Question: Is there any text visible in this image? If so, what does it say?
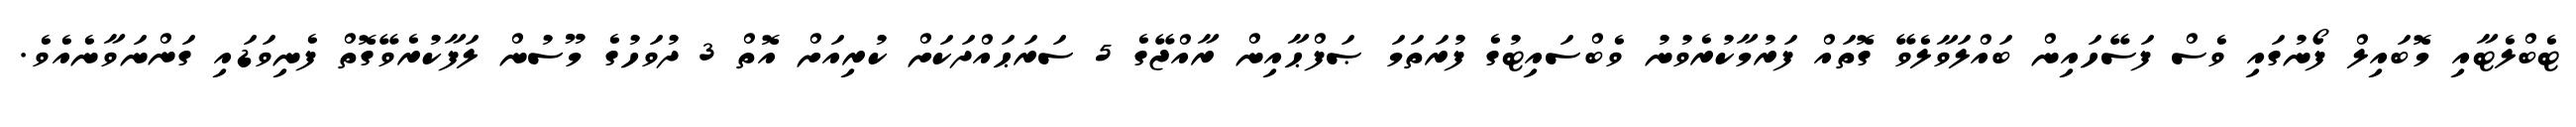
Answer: ޓެބްލެޓާއި މޮބައިލް ފޯނުގައި ވެސް ފަސޭހައިން ބައްލަވާލެވޭ ގޮތައް ފަރުމާކުރެވުނު ވެބްސައިޓުގެ ފުރަތަމަ ޞަފްޙާއިން ރާއްޖޭގެ 5 ސަރަޙައްދަކަށް ކުރިއަށް އޮތް 3 ދުވަހުގެ މޫސުން ލަފާކުރެވޭގޮތް ފެނިވަޑައި ގަންނަވާނެއެވެ.